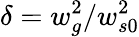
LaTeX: \delta=w_{g}^{2}/w_{s0}^{2}